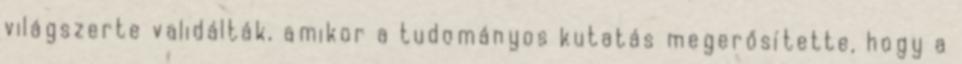
világszerte validálták, amikor a tudományos kutatás megerősítette, hogy a